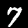
Digit: 7